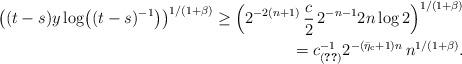
LaTeX: \begin{align*}\left( (t-s)y\log\bigl((t-s)^{-1}\bigr)\right)^{1/(1+\beta)}\geq\left(2^{-2(n+1)}\,\frac{c}{2}\,2^{-n-1}2n\log2\right)^{1/(1+\beta)}\\=c_{(\ref{100})}^{-1} 2^{-(\bar{\eta}_{\mathrm{c}}+1)n}\,n^{1/(1+\beta)}.\end{align*}